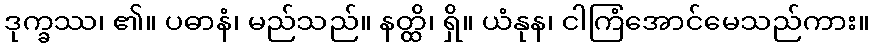
ဒုက္ခဿ၊ ၏။ ပဓာနံ၊ မည်သည်။ နတ္ထိ၊ ရှိ။ ယံနုန၊ ငါကြံအောင်မေသည်ကား။